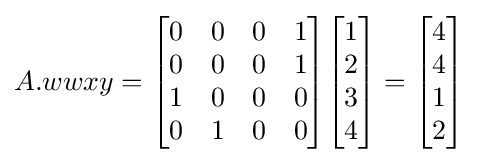
A.wwxy={\begin{bmatrix}0&0&0&1\\0&0&0&1\\1&0&0&0\\0&1&0&0\end{bmatrix}}{\begin{bmatrix}1\\2\\3\\4\end{bmatrix}}={\begin{bmatrix}4\\4\\1\\2\end{bmatrix}}